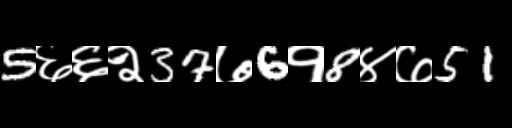
Text: 5६६२37७6१8४७51